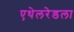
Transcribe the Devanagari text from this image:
एथेलरेडला